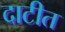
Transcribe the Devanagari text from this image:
दाटीत